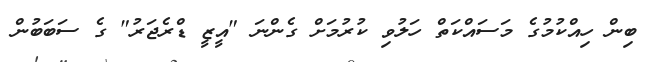
ބިން ހިއްކުމުގެ މަސައްކަތް ހަލުވި ކުރުމަށް ގެންނަ "އީޒީ ޑްރެޖަރު" ގެ ސަބަބުން